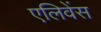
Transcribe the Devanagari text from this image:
एलिवेंस